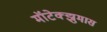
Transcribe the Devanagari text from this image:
मॉटेक्झुमास